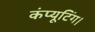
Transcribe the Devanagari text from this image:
कंप्यूटिंग।